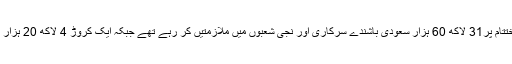
اعداد و شمار کے مطابق گزشتہ برس کے اختتام پر31 لاکھ 60 ہزار سعودی باشندے سرکاری اور نجی شعبوں میں ملازمتیں کر رہے تھے جبکہ ایک کروڑ 4 لاکھ 20 ہزار غیر ملکی انہی شعبوں میں کام کر رہے ہیں۔